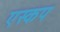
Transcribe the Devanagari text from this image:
एस्कप